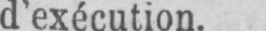
d’exécution.